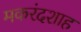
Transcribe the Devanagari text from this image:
मकरंदशाह